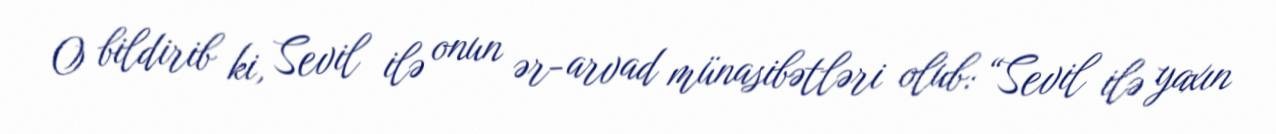
O bildirib ki, Sevil ilə onun ər-arvad münasibətləri olub: “Sevil ilə yaxın